Burma Government Medical School reports 1923-41
Year: 1923
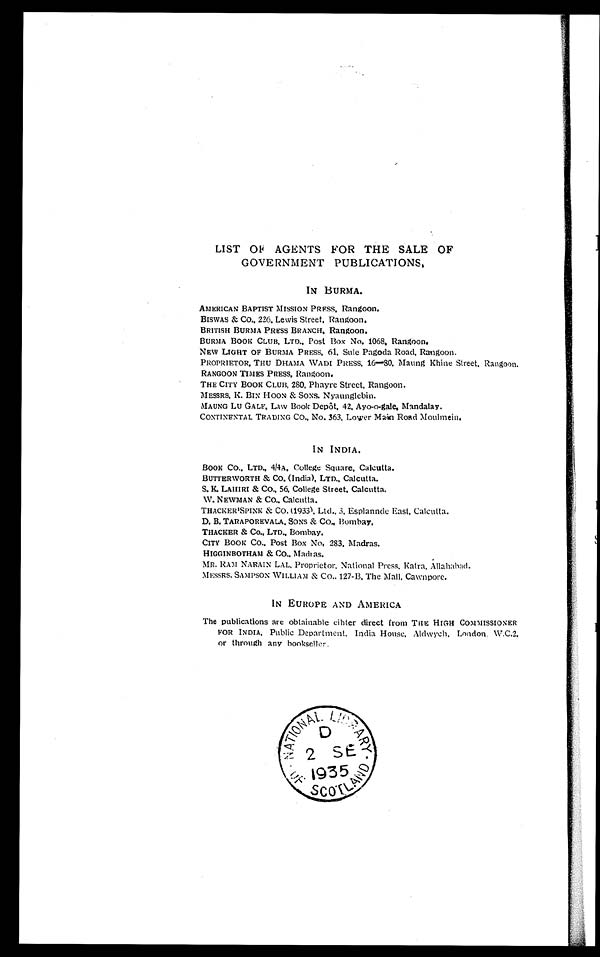
LIST OF AGENTS FOR THE SALE OF
GOVERNMENT PUBLICATIONS,
IN BURMA.
AME R I C AN B AP T I S T MI S S I ON P R E S S , R a n g o o n .
BI S WAS & CO. , 2 2 6 , L e wi s S t r e e t , R a n g o o n .
BRITISH BURMA PRESS BRANCH. Rangoon.
BURMA BOOK CLUB, LTD., Post Box No. 1068. Rangoon.
NEW LIGHT OF BURMA PRESS, 61, Sule Pagoda Road, Rangoon.
PROPRIETOR, THU DHAMA WADI PRESS, 16—80, Maung Khine Street, Rangoon.
RANGOON TIMES PRESS, Rangoon.
THE CITY BOOK CLUB, 280, Phayre St reet , Rangoon.
MESSRS, K. BIN HOON & SONS. Nyaungl ebi n.
MAUNG Lu GALE. Law Book Depôt. 42, Ayo-o-gale. Mandalay.
CONTINENTAL TRADING C
O., No. 363, Lower Main Road Moulmein.
IN INDIA.
BOOK CO., LTD., 4/4A, College Square, Calcutta.
BUTTERWORTH & CO. (India), LTD., Calcutta.
S. K. LAHIRI & CO., 56, College Street. Calcutta.
W. NEWMAN & CO., Calcutta.
THACKER'SPINK & C
O. (1933) Ltd., 3, Esplannde East, Calcutta.
D. B. TARAPOREVALA. SONS & CO., Bombay
THACKER & CO., LTD., Bombay.
CITY BOOK CO., Post Box No. 283, Madras.
HIGGINBOTHAM &
CO.,
Madras.
MR. RAM NARAIN LAL, Proprietor, National Press, Katra, Allahabad.
MESSRS. SAMPSON WILLIAM & C
O., 127-B, The Mall, Cawnpore.
IN EUROPE AND AMERICA
The publ i cat i ons are obt ai nabl e ei t her di rect from THE HIGH COMMISSIONER
FOR INDIA, Public Department, India House, Aldwych, London W.C.2.
or through any bookseller.